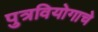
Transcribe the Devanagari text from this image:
पुत्रवियोगाचे